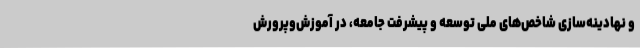
و نهادینه‌سازی شاخص‌های ملی توسعه و پیشرفت جامعه، در آموزش‌وپرورش